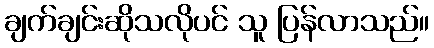
ချက်ချင်းဆိုသလိုပင် သူ ပြန်လာသည်။